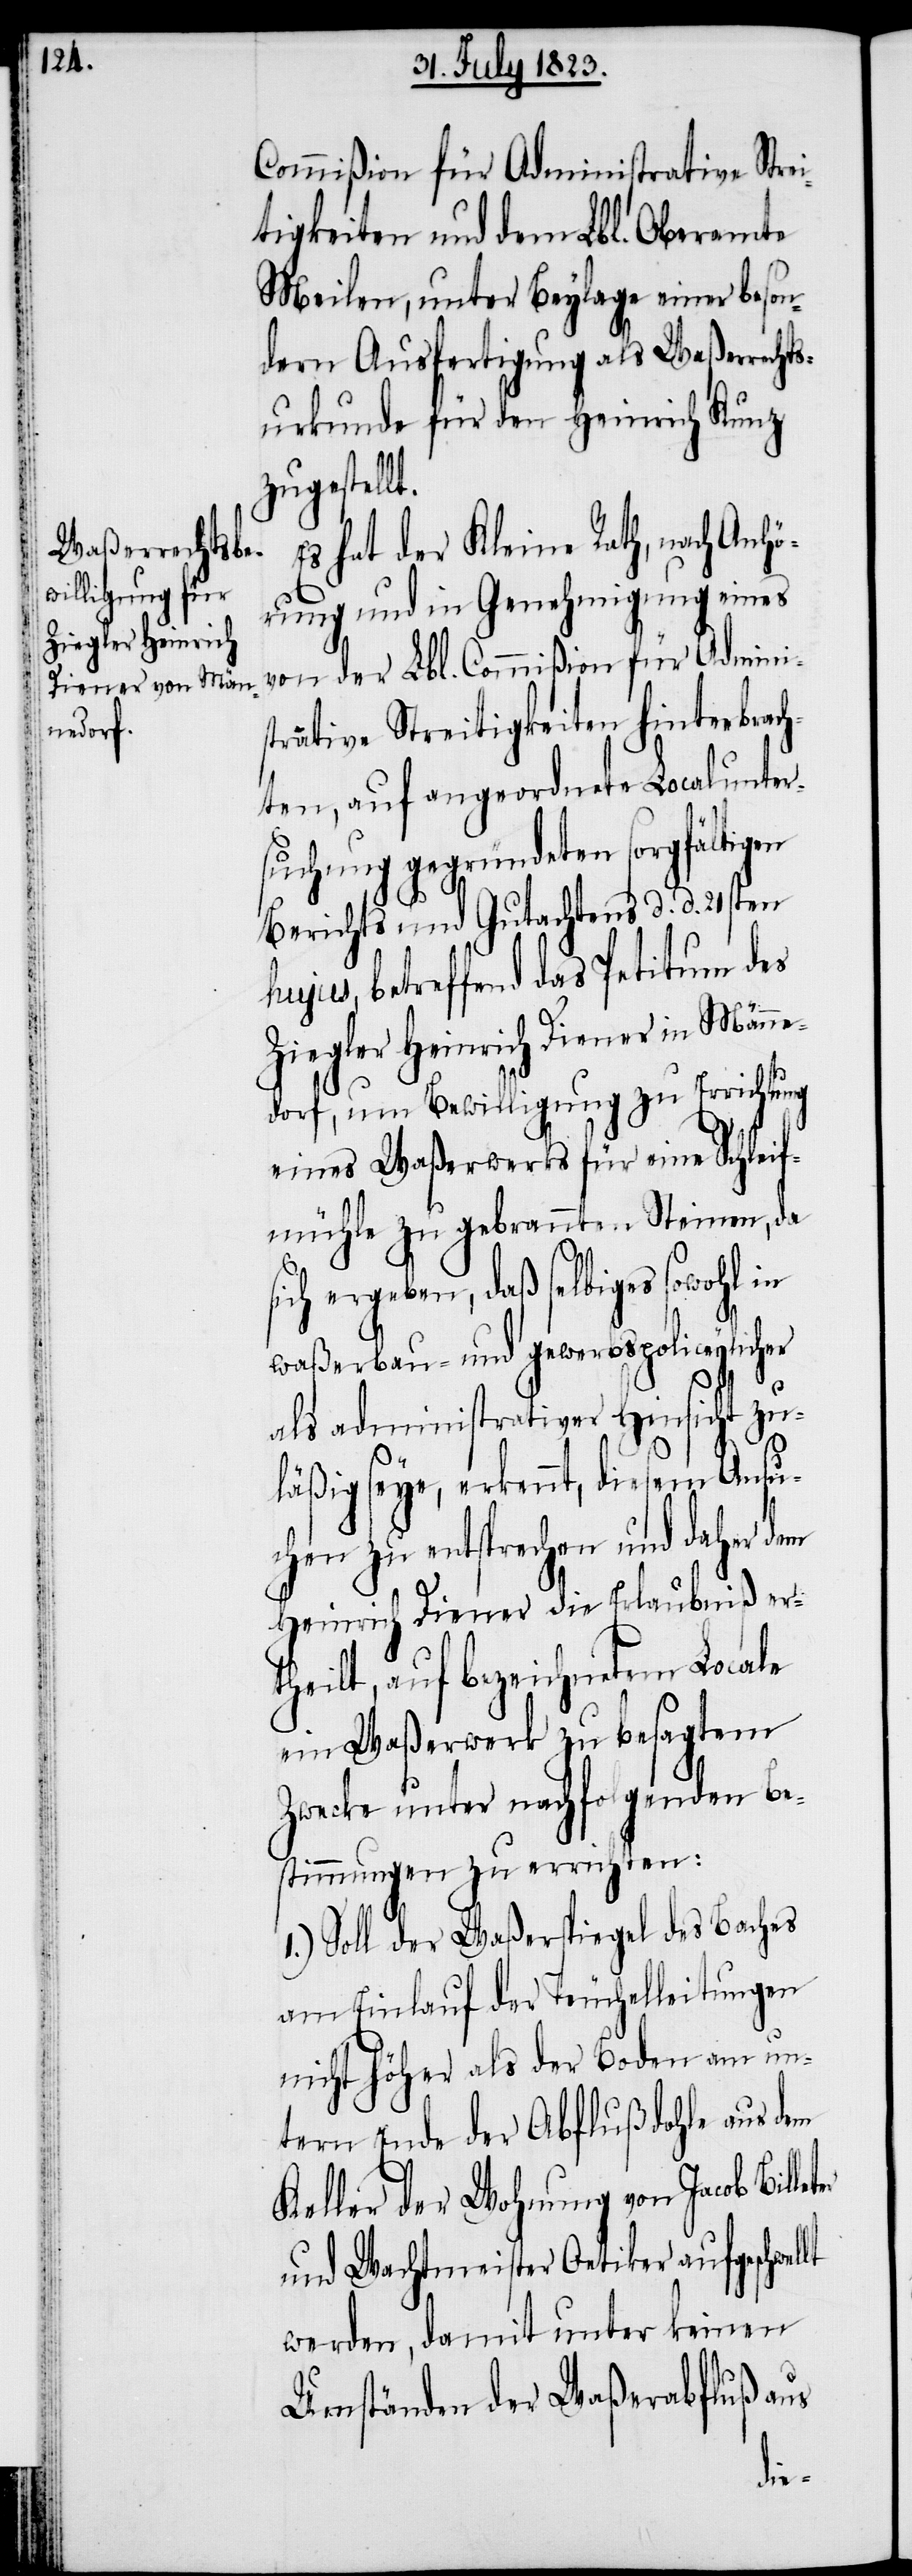
Commißion für Administrative Strei¬
tigkeiten und dem Lbl. Oberamte
Meilen, unter Beylage einer beson¬
dern Ausfertigung als Waßerrechts¬
urkunde für den Heinrich Kunz
zugestellt.
Es hat der Kleine Rath, nach Anhö¬
rung und in Genehmigung eines
von der Lbl. Commißion für Admini¬
strative Streitigkeiten hinterbrach¬
ten, auf angeordnete Localunter¬
suchung gegründeten sorgfältigen
Berichts und Gutachtens d. d. 21sten
hujus, betreffend das Petitum des
Ziegler Heinrich Diener in Männe¬
dorf, um Bewilligung zu Errichtung
eines Waßerwerks für eine Schleif¬
mühle zu gebrannten Steinen, da
sich ergeben, daß selbiges sowohl in
waßerbau- und gewerbspoliceylicher
als administrativer Hinsicht zu¬
läßig seye, erkennt, diesem Ansu¬
chen zu entsprechen und daher dem
Heinrich Diener die Erlaubniß er¬
theilt, auf bezeichnetem Locale
ein Waßerwerk zu besagtem
Zwecke unter nachfolgenden Be¬
stimmungen zu errichten:
1.) Soll der Waßerspiegel des Baches
am Einlauf der Teuchelleitungen
nicht höher als der Boden am un¬
tern Ende der Abflußdohle aus dem
Keller der Wohnung von Jacob Bille¬
und Wachtmeister Oetiker aufgeschwel¬
werden, damit unter keinen
Umständen der Waßerabfluß aus
lt